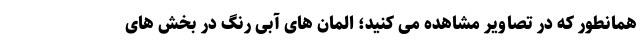
همانطور که در تصاویر مشاهده می کنید؛ المان های آبی رنگ در بخش های